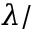
\d \lambda / \d t